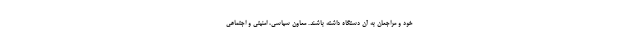
خود و مراجعان به آن دستگاه داشته باشند. معاون سیاسی، امنیتی و اجتماعی